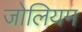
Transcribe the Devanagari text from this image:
जोलियम